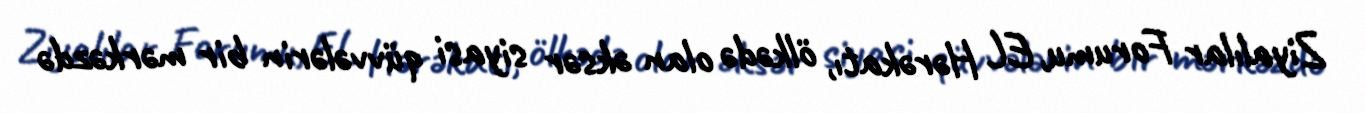
Ziyalılar Forumu, EL Hərəkatı, ölkədə olan əksər siyasi qüvvələrin bir mərkəzdə